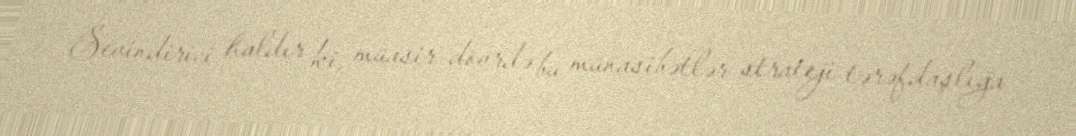
Sevindirici haldır ki, müasir dövrdə bu münasibətlər strateji tərəfdaşlığa